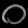
Digit: ၀